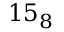
1 5 _ { 8 }